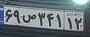
۶۹س۳۴۱۱۲